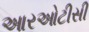
આરઓટીસી